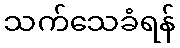
သက်သေခံရန်